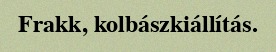
Frakk, kolbászkiállítás.